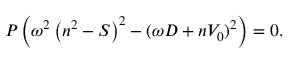
P \left( \omega ^ { 2 } \left( n ^ { 2 } - S \right) ^ { 2 } - ( \omega D + n V _ { 0 } ) ^ { 2 } \right) = 0 .